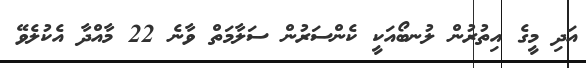
އަދި މީގެ އިތުރުން ލުނބޯއަކީ ކެންސަރުން ސަލާމަތް ވާނެ 22 މާއްދާ އެކުލެވޭ